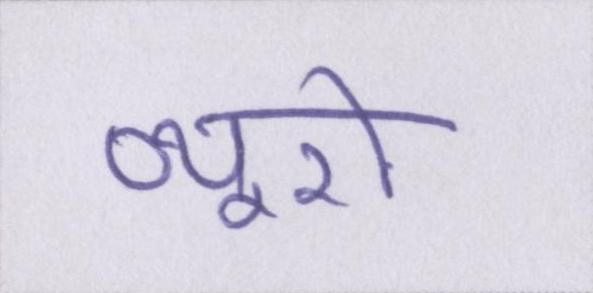
ब्यूरो